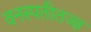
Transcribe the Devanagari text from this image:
वनस्पतीतज्‍ज्ञ